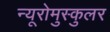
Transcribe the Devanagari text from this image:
न्यूरोमुस्कुलर